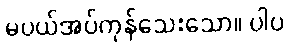
မပယ်အပ်ကုန်သေးသော။ ပါပ